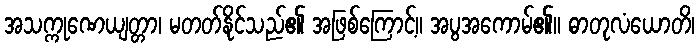
အသက္ကုဏေယျတ္တာ၊ မတတ်နိုင်သည်၏ အဖြစ်ကြောင့်။ အပွအကောမ်၏။ ဓာတုလံယောတိ၊